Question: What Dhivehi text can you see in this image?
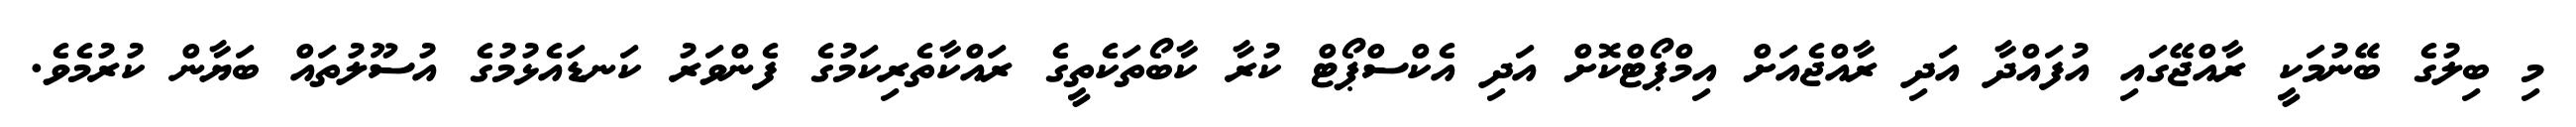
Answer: މި ބިލުގެ ބޭނުމަކީ ރާއްޖޭގައި އުފައްދާ އަދި ރާއްޖެއަށް އިމްޕޯޓްކޮށް އަދި އެކްސްޕޯޓް ކުރާ ކާބޯތަކެތީގެ ރައްކާތެރިކަމުގެ ފެންވަރު ކަނޑައެޅުމުގެ އުސޫލުތައް ބަޔާން ކުރުމެވެ.